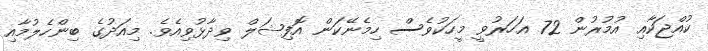
ކުއްޖަކާއި އުމުރުން 72 އަހަރުވީ މީހަކުވެސް ހިމެނޭކަން އޮފިޝަލް ވިދާޅުވިއެވެ. މިއަދުގެ ބިންހެލުމާއި